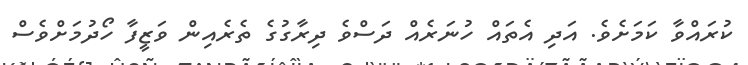
ކުރައްވާ ކަމަށެވެ. އަދި އެތައް ހުނަރެއް ދަސްވެ ދިރާގުގެ ތެރެއިން ވަޒީފާ ހޯދުމަށްވެސް